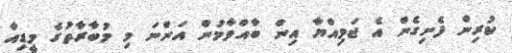
ކުރިން ފެށިގެން އެ ޖަމިއްޔާ އިން ބާއްވާމުން އަންނަ މި މުބާރާތުގެ މީޑިއާ